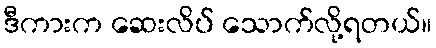
ဒီကားက ဆေးလိပ် သောက်လို့ရတယ်။